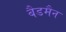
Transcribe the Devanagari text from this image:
बैडमैन